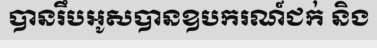
បានរឹបអូសបានឧបករណ៍ជក់ និង